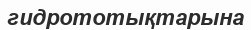
гидрототықтарына